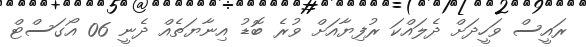
ރައީސް ވަހީދަށް ދެލައްކަ ރުފިޔާއަށް ވުރެ ބޮޑު އިނާޔަތެއް ދެނީ 06 އޯގަސްޓް